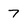
Character: 7